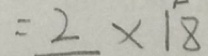
= 2 \times 1 8